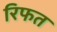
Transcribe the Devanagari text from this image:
रिफत